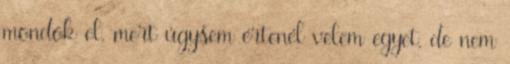
mondok el, mert úgysem értenél velem egyet, de nem